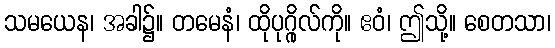
သမယေန၊ အခါ၌။ တမေနံ၊ ထိုပုဂ္ဂိုလ်ကို။ ဧဝံ၊ ဤသို့။ စေတသာ၊